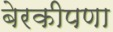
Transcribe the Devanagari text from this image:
बेरकीपणा